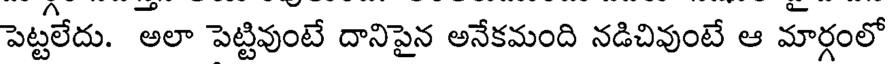
పెట్టలేదు. అలా పెట్టివుంటే దానిపైన అనేకమంది నడిచివుంటే ఆ మార్గంలో